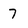
Character: 7